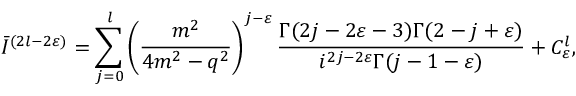
\bar { I } ^ { ( 2 l - 2 \varepsilon ) } = \sum _ { j = 0 } ^ { l } \left( \frac { m ^ { 2 } } { 4 m ^ { 2 } - q ^ { 2 } } \right) ^ { j - \varepsilon } \frac { \Gamma ( 2 j - 2 \varepsilon - 3 ) \Gamma ( 2 - j + \varepsilon ) } { i ^ { 2 j - 2 \varepsilon } \Gamma ( j - 1 - \varepsilon ) } + C _ { \varepsilon } ^ { l } ,